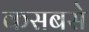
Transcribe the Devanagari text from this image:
कसबसे